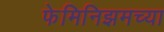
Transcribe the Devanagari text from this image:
फेमिनिझमच्या